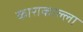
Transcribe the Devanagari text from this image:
काराकाल्ला